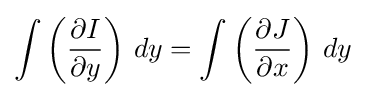
\int \left({\partial I \over \partial y}\right)\,dy=\int \left({\partial J \over \partial x}\right)\,dy